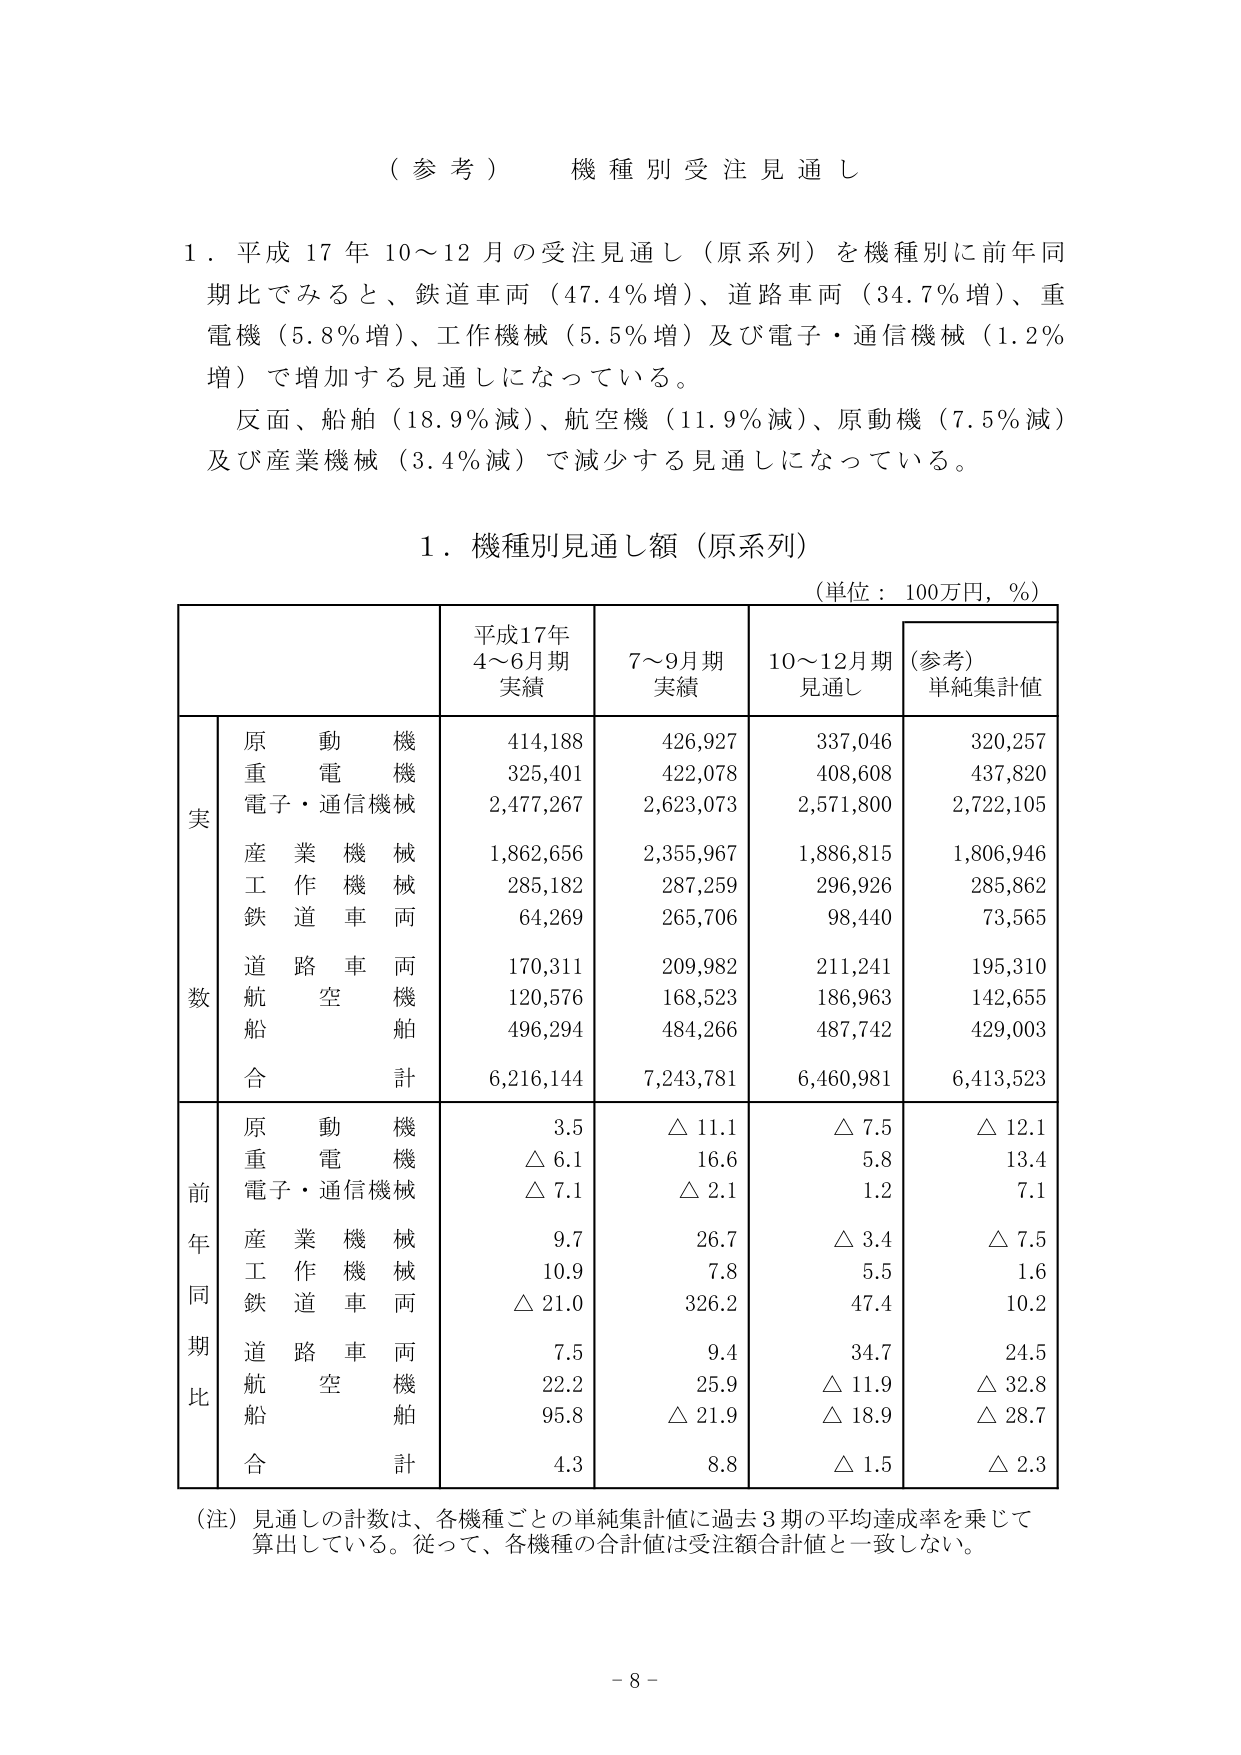
（参考） 機種別受注見通し

１．平成17年10～12月の受注見通し（原系列）を機種別に前年同期比でみると、鉄道車両（47.4％増）、道路車両（34.7％増）、重電機（5.8％増）、工作機械（5.5％増）及び電子・通信機械（1.2％増）で増加する見通しになっている。

反面、船舶（18.9％減）、航空機（11.9％減）、原動機（7.5％減）及び産業機械（3.4％減）で減少する見通しになっている。

１．機種別見通し額（原系列）

（単位：100万円，％）

| | | 平成17年4～6月期実績 | 7～9月期実績 | 10～12月期見通し | （参考）単純集計値 |
|---|---|---|---|---|---|
| | 原動機 | 414,188 | 426,927 | 337,046 | 320,257 |
| | 重電機 | 325,401 | 422,078 | 408,608 | 437,820 |
| | 電子・通信機械 | 2,477,267 | 2,623,073 | 2,571,800 | 2,722,105 |
| | 産業機械 | 1,862,656 | 2,355,967 | 1,886,815 | 1,806,946 |
| | 工作機械 | 285,182 | 287,259 | 296,926 | 285,862 |
| | 鉄道車両 | 64,269 | 265,706 | 98,440 | 73,565 |
| | 道路車両 | 170,311 | 209,982 | 211,241 | 195,310 |
| | 航空機 | 120,576 | 168,523 | 186,963 | 142,655 |
| | 船舶 | 496,294 | 484,266 | 487,742 | 429,003 |
| | 合計 | 6,216,144 | 7,243,781 | 6,460,981 | 6,413,523 |
| | 原動機 | 3.5 | △11.1 | △7.5 | △12.1 |
| | 重電機 | △6.1 | 16.6 | 5.8 | 13.4 |
| | 電子・通信機械 | △7.1 | △2.1 | 1.2 | 7.1 |
| | 産業機械 | 9.7 | 26.7 | △3.4 | △7.5 |
| | 工作機械 | 10.9 | 7.8 | 5.5 | 1.6 |
| | 鉄道車両 | △21.0 | 326.2 | 47.4 | 10.2 |
| | 道路車両 | 7.5 | 9.4 | 34.7 | 24.5 |
| | 航空機 | 22.2 | 25.9 | △11.9 | △32.8 |
| | 船舶 | 95.8 | △21.9 | △18.9 | △28.7 |
| | 合計 | 4.3 | 8.8 | △1.5 | △2.3 |

（注）見通しの計数は、各機種ごとの単純集計値に過去3期の平均達成率を乗じて算出している。従って、各機種の合計値は受注額合計値と一致しない。

- 8 -